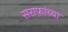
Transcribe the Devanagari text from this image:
सराफांच्या